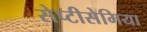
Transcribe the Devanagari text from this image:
सेप्टीसेमिया